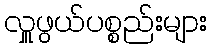
လှူဖွယ်ပစ္စည်းများ